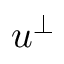
u ^ { \perp }